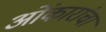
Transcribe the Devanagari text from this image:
ओंकारांचा